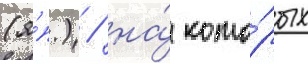
(я́п.) / на́ кото́рых